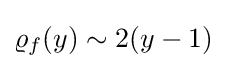
\varrho _{f}(y)\sim 2(y-1)